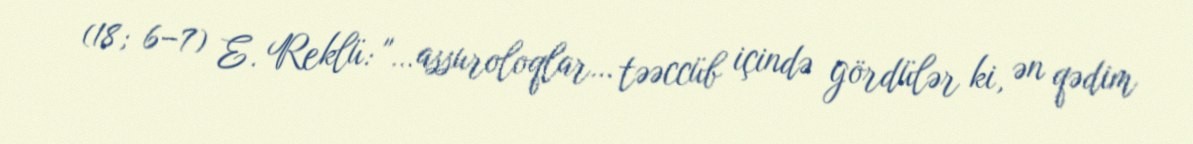
(18; 6–7) E. Reklü: "…assuroloqlar… təəccüb içində gördülər ki, ən qədim